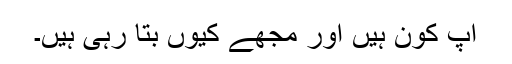
آپ کون ہیں اور مجھے کیوں بتا رہی ہیں۔